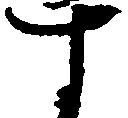
す